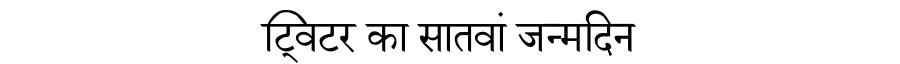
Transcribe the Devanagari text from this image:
ट्विटर का सातवां जन्मदिन